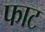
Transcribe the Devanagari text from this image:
फाट